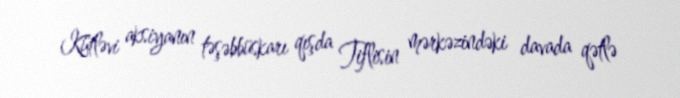
Kütləvi aksiyanın təşəbbüskarı qışda Tiflisin mərkəzindəki davada qətlə